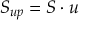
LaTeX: S _ { u p } = S \cdot u